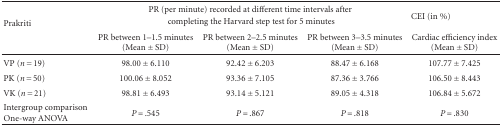
| <ROWSPAN=3> Prakriti | <COLSPAN=3> PR (per minute) recorded at different time intervals after | <ROWSPAN=2> CEI (in %) |
 | <COLSPAN=3> completing the Harvard step test for 5 minutes |
 | PR between 1–1.5 minutes (Mean ± SD) | PR between 2–2.5 minutes (Mean ± SD) | PR between 3–3.5 minutes (Mean ± SD) | Cardiac efficiency index (Mean ± SD) |
 | --- | --- | --- | --- | --- |
 | VP (n = 19) | 98.00 ± 6.110 | 92.42 ± 6.203 | 88.47 ± 6.168 | 107.77 ± 7.425 |
 | PK (n = 50) | 100.06 ± 8.052 | 93.36 ± 7.105 | 87.36 ± 3.766 | 106.50 ± 8.443 |
 | VK (n = 21) | 98.81 ± 6.493 | 93.14 ± 5.121 | 89.05 ± 4.318 | 106.84 ± 5.672 |
 | Intergroup comparison One-way ANOVA | P = .545 | P = .867 | P = .818 | P = .830 |